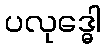
ပလုဒ္ဓေါ